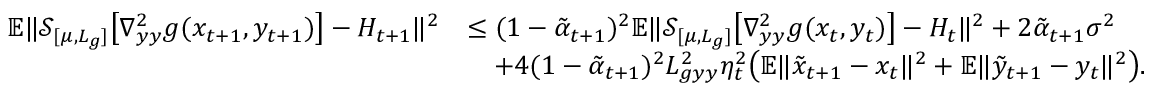
\begin{array} { r l } { \mathbb { E } \| \mathcal { S } _ { [ \mu , L _ { g } ] } \big [ \nabla _ { y y } ^ { 2 } g ( x _ { t + 1 } , y _ { t + 1 } ) \big ] - H _ { t + 1 } \| ^ { 2 } } & { \leq ( 1 - \tilde { \alpha } _ { t + 1 } ) ^ { 2 } \mathbb { E } \| \mathcal { S } _ { [ \mu , L _ { g } ] } \big [ \nabla _ { y y } ^ { 2 } g ( x _ { t } , y _ { t } ) \big ] - H _ { t } \| ^ { 2 } + 2 \tilde { \alpha } _ { t + 1 } \sigma ^ { 2 } } \\ & { \quad + 4 ( 1 - \tilde { \alpha } _ { t + 1 } ) ^ { 2 } L _ { g y y } ^ { 2 } \eta _ { t } ^ { 2 } \big ( \mathbb { E } \| \tilde { x } _ { t + 1 } - x _ { t } \| ^ { 2 } + \mathbb { E } \| \tilde { y } _ { t + 1 } - y _ { t } \| ^ { 2 } \big ) . } \end{array}